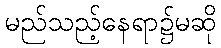
မည်သည့်နေရာ၌မဆို